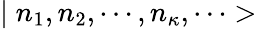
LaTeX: \mid n_{1},n_{2},\cdots,n_{\kappa},\cdots>